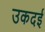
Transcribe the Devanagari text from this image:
उकदई